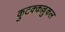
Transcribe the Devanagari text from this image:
कुटक्कल्लुकल